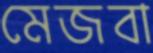
মেজবা